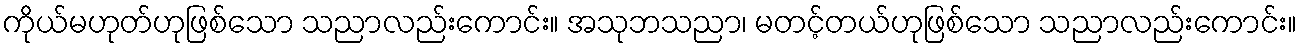
ကိုယ်မဟုတ်ဟုဖြစ်သော သညာလည်းကောင်း။ အသုဘသညာ၊ မတင့်တယ်ဟုဖြစ်သော သညာလည်းကောင်း။